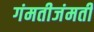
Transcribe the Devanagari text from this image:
गंमतीजंमती